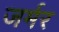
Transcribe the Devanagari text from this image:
जर्मर